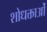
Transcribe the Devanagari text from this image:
शोधक्ताओं